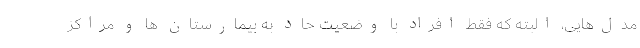
مدل‌هایی، البته که فقط افراد با وضعیت حاد به بیمارستان ها و مراکز